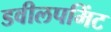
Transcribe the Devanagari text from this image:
डवीलपमिंट